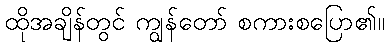
ထိုအချိန်တွင် ကျွန်တော် စကားစပြော၏။